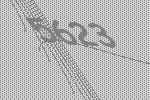
5623